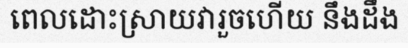
ពេលដោះស្រាយវារួចហើយ នឹងដឹង